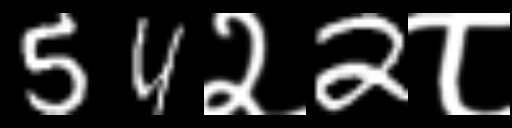
Text: 54२2८